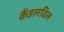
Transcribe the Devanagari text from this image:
कैंडलविल